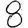
Digit: 8